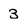
Character: 3